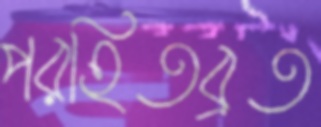
পরহিতব্রত